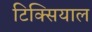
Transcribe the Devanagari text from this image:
टिक्सियाल